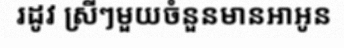
រដូវ ស្រីៗមួយចំនួនមានអាអូន